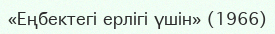
«Еңбектегі ерлігі үшін» (1966)